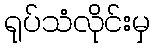
ရုပ်သံလိုင်းမှ